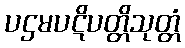
ပဌမပဋိပတ္တိသုတ္တံ